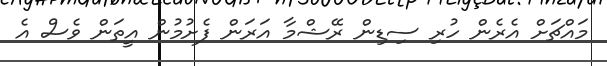
މައްޗަށް އެރެން ހުރި ސިޑިން ރޭޝްމާ އަރަން ފެށުމުން އީތަން ވެސް އެ